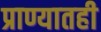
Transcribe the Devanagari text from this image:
प्राण्यातही